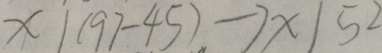
x \vert ( 9 7 - 4 5 ) \rightarrow x \vert 5 2